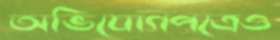
অভিযোগপত্রেও